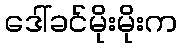
ဒေါ်ခင်မိုးမိုးက